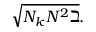
\sqrt { N _ { k } N ^ { 2 } \beth } .